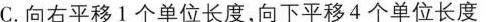
C.向右平移1个单位长度，向下平移4个单位长度